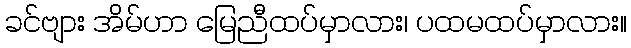
ခင်ဗျား အိမ်ဟာ မြေညီထပ်မှာလား၊ ပထမထပ်မှာလား။